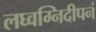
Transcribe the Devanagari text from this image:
लघ्वग्निदीपनं